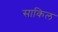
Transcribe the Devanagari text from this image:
साकिल